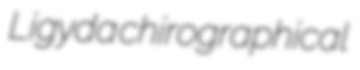
Ligyda chirographical